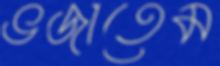
ভজাতেম